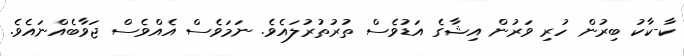
ކާ-ކާކު ބިރުން ހުރި ވަރުން އިޝާގެ އަޑުވެސް ތުރުތުރުލައެވެ. ނަމަވެސް އެއްވެސް ޖަވާބެއްނައެވެ.